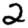
Digit: 2